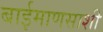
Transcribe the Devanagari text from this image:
बाईमाणसाशी